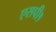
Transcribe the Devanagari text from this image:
एसपी१